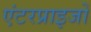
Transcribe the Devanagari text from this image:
एंटरप्राइजों